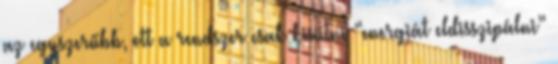
az egyszerűbb, ott a rendszer csak kisütni “energiát eldisszipálni”